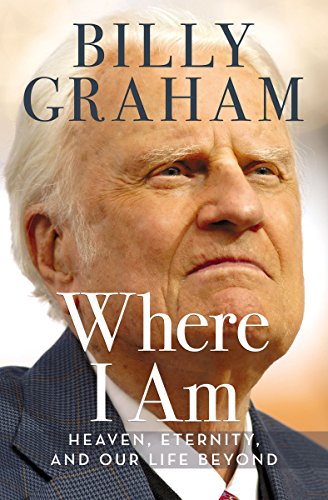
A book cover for Where I Am: Heaven, Eternity, and Our Life Beyond; Billy Graham; Christian Books & Bibles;